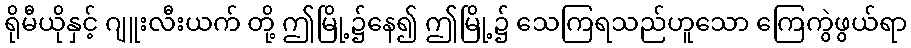
ရိုမီယိုနှင့် ဂျူးလီးယက် တို့ ဤမြို့၌နေ၍ ဤမြို့၌ သေကြရသည်ဟူသော ကြေကွဲဖွယ်ရာ